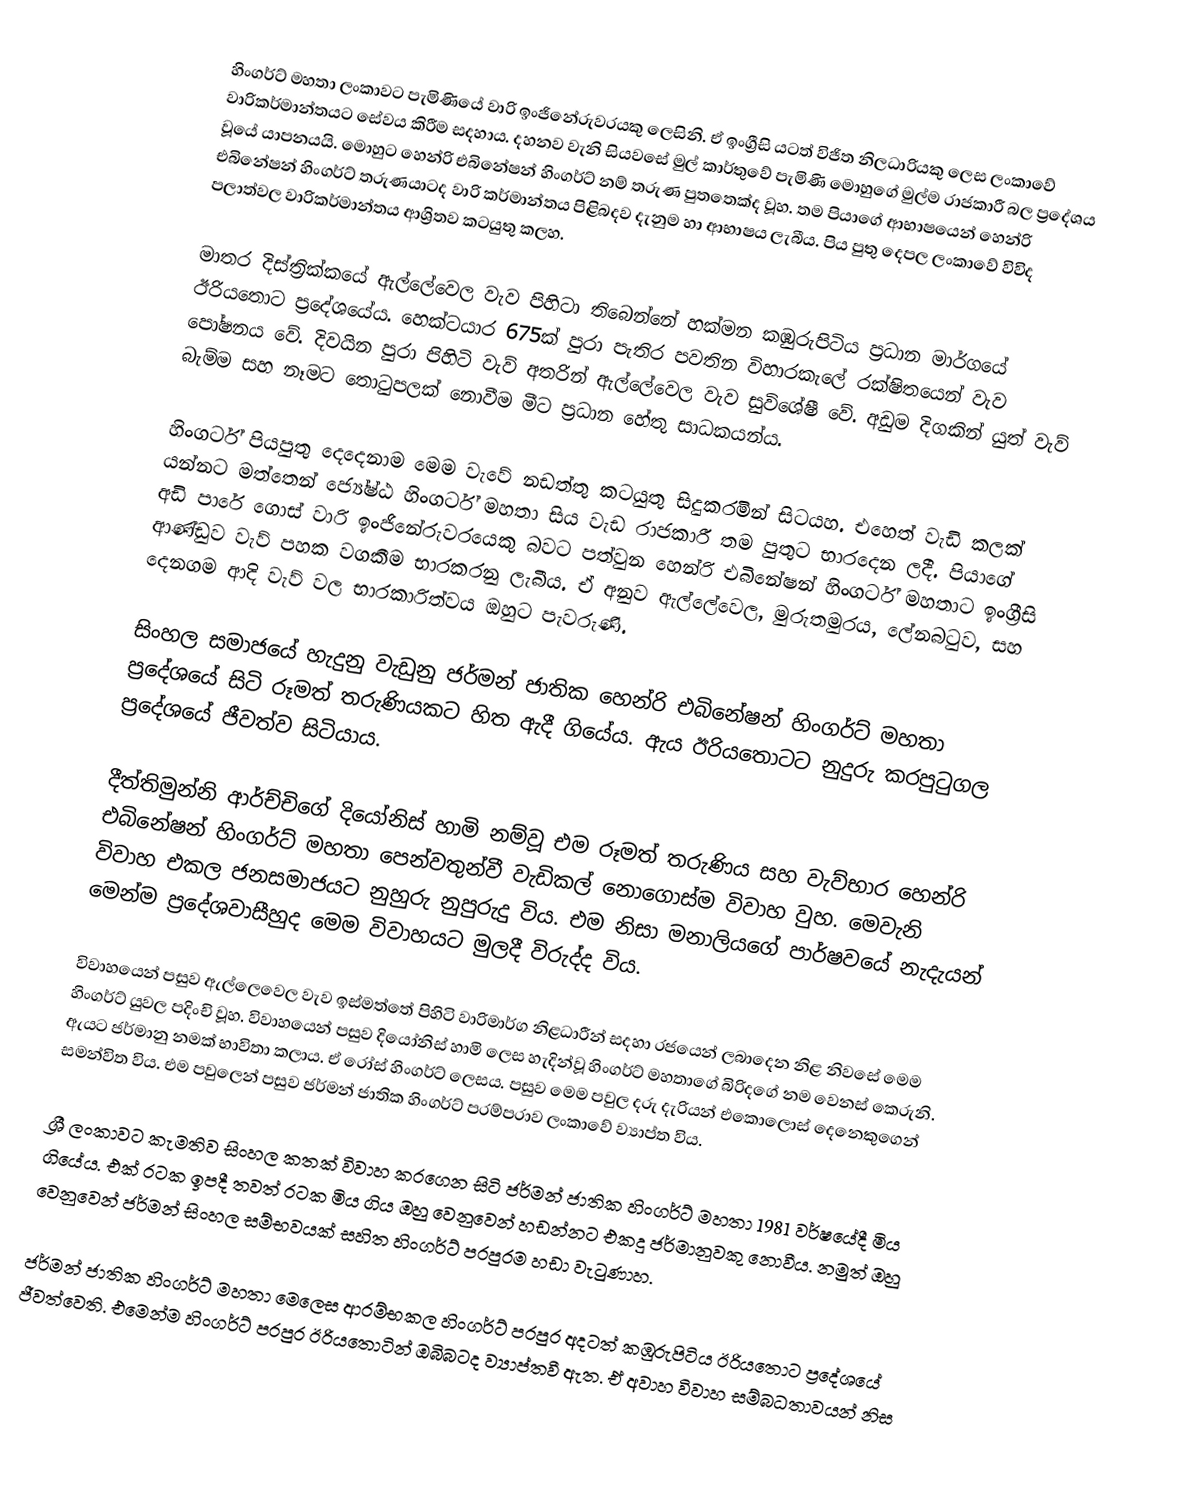
හිංගර්ට් මහතා ලංක‍ාවට පැමි‍ණියේ වාරි ඉං‍ජිනේරුවරයකු ලෙසිනි. ඒ ඉංග්‍රීසි යටත් විජිත නිලධාරියකු ලෙස ‍ලංකාවේ වාරිකර්මාන්තයට සේවය කිරීම සදහාය. දහනව වැනි සියවසේ මුල් කාර්තුවේ පැමිණි මොහුගේ මුල්ම රාජකාරී බල ප්‍රදේශය වූයේ යාපනයයි. මොහුට හෙන්රි එබිනේෂන් හිංගර්ට් නම් තරුණ පුත‍තෙක්ද වූහ. තම පියාගේ ආභාෂයෙන් හෙන්රි එබිනේෂන් හිංගර්ට් තරුණයාටද වාරි කර්මාන්තය පිළිබදව දැනුම හා ආභාෂය ලැබීය. පිය පුතු දෙපල ලංකාවේ විවිද පලාත්වල වාරිකර්මාන්තය ආශ්‍රිතව කටයුතු කලහ.

මාතර දිස්ත්‍රික්කයේ ඇල්ලේවෙල වැව පිහිටා තිබෙන්නේ හක්මන කඹුරුපිටිය ප්‍රධාන මාර්ගයේ ඊරියතොට ප්‍රදේශයේය. හෙක්ටයාර 675ක් පුරා පැතිර පවතින විහාරකැලේ රක්ෂිතයෙන් වැව පෝෂනය වේ. දිවයින පුරා පිහිටි වැව් අතරින් ඇල්ලේවෙල වැව සුවිශේෂී වේ. අඩුම දිගකින් යුත් වැව් බැම්ම සහ නෑමට තොටුපලක් නොවීම මීට ප්‍රධාන හේතු සාධකයන්ය.

හිංගර්ට් පියපුතු දෙදෙනාම මෙම වැවේ නඩත්තු කටයුතු සිදුකරමින් සිටයහ. එහෙත් වැඩි කලක් යන්නට මත්තෙන් ජ්‍යේෂ්‍ඨ හිංගර්ට් මහතා සිය වැඩ රාජකාරී තම පුතුට භාරදෙන ලදී. පියාගේ අඩි පාරේ ගොස් වාරි ඉංජිනේරුවරයෙකු බවට පත්වුන හෙන්රි එබිනේෂන් හිංගර්ට් මහතාට ඉංග්‍රීසි ආණ්ඩුව වැව් පහක වගකීම භාරකරනු ලැබීය. ඒ අනුව ඇල්ලේවෙල, මුරුතමුරය, ලේනබටුව, සහ දෙනගම ආදි වැව් වල භාරකාරිත්වය ඔහුට පැවරුණි.

සිංහල සමාජයේ හැදුනු වැඩුනු ජර්මන් ජාතික හෙන්රි එබිනේෂන් හිංගර්ට් මහතා ප්‍රදේශයේ සිටි රූමත් තරුණියකට හිත ඇදී ගියේය. ඇය ඊරියතොටට නුදුරු කරපුටුගල ප්‍රදේශයේ ජීවත්ව සිටියාය.

දීත්තිමුන්නි අ‍ාර්ච්චිගේ දියෝනිස් හාමි නම්වූ එම රූමත් තරුණිය සහ වැව්භාර හෙන්රි එබිනේෂන් හිංගර්ට් මහතා පෙන්වතුන්වී වැඩිකල් නොගොස්ම විවාහ වුහ. මෙවැනි විවාහ එකල ජනසමාජයට නුහුරු නුපුරුදු විය. එම නිසා මනාලියගේ පාර්ෂවයේ නැදැයන් මෙන්ම ප්‍රදේශවාසීහුද මෙම විවාහයට මුලදී විරුද්ද විය.

විවාහයෙන් පසුව ඇල්ලෙවෙල වැව ඉස්මත්තේ පිහිටි වාරිමාර්ග නිළධාරීන් සදහා රජයෙන් ලබාදෙන නිළ නිවසේ මෙම හිංගර්ට් යුවල පදිංචි වූහ. විවාහයෙන් පසුව දියෝනිස් හාමි ලෙස හැදින්වූ හිංගර්ට් මහතාගේ බිරිදගේ නම වෙනස් කෙරුනි. ඇයට ජර්මානු නමක් භාවිතා කලාය. ඒ රෝස් හිංගර්ට් ලෙසය. පසුව මෙම පවුල දරු දැරියන් එකෙ‍ාලොස් දෙනෙකුගෙන් සමන්විත විය. එම පවුලෙන් පසුව ජර්මන් ජාතික හිංගර්ට් පරම්පරාව ලංකාවේ ව්‍යාප්ත විය.

ශ්‍රී ලංකාවට ක‍ැමතිව සිංහල කතක් විවාහ කරගෙන සිටි ජර්මන් ජාතික හිංගර්ට් මහතා 1981 වර්ෂයේදී මිය ගියේය. එක් රටක ඉපදී තවත් රටක මිය ගිය ඔහු වෙනුවෙන් හඩන්නට එකදු ජර්මානුවකු නොවීය. නමුත් ඔහු වෙනුවෙන් ජර්මන් සිංහල සම්භවයක් සහිත හිංගර්ට් පරපුරම හඩා වැටුණාහ.

ජර්මන් ජාතික හිංගර්ට් මහතා මෙලෙස ආරම්භකල හිංගර්ට් පරපුර අදටත් කඹුරුපිටිය ඊරියතොට ප්‍රදේශයේ ජීවත්වෙති. එමෙන්ම හිංගර්ට් පරපුර ඊරියතොටින් ඔබිබටද ව්‍යාප්තවී ඇත. ඒ අවාහ විවාහ සම්බධතාවයන් නිස